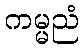
ကမ္မညံ